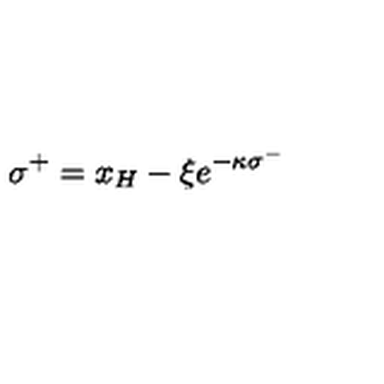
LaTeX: \: \sigma ^ { + } = x _ { H } - \xi e ^ { - \kappa \sigma ^ { - } } \: